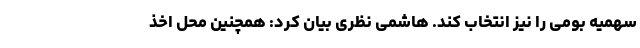
سهمیه بومی را نیز انتخاب کند. هاشمی نظری بیان کرد: همچنین محل اخذ